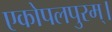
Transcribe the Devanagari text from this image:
एकोपलपुरम्।